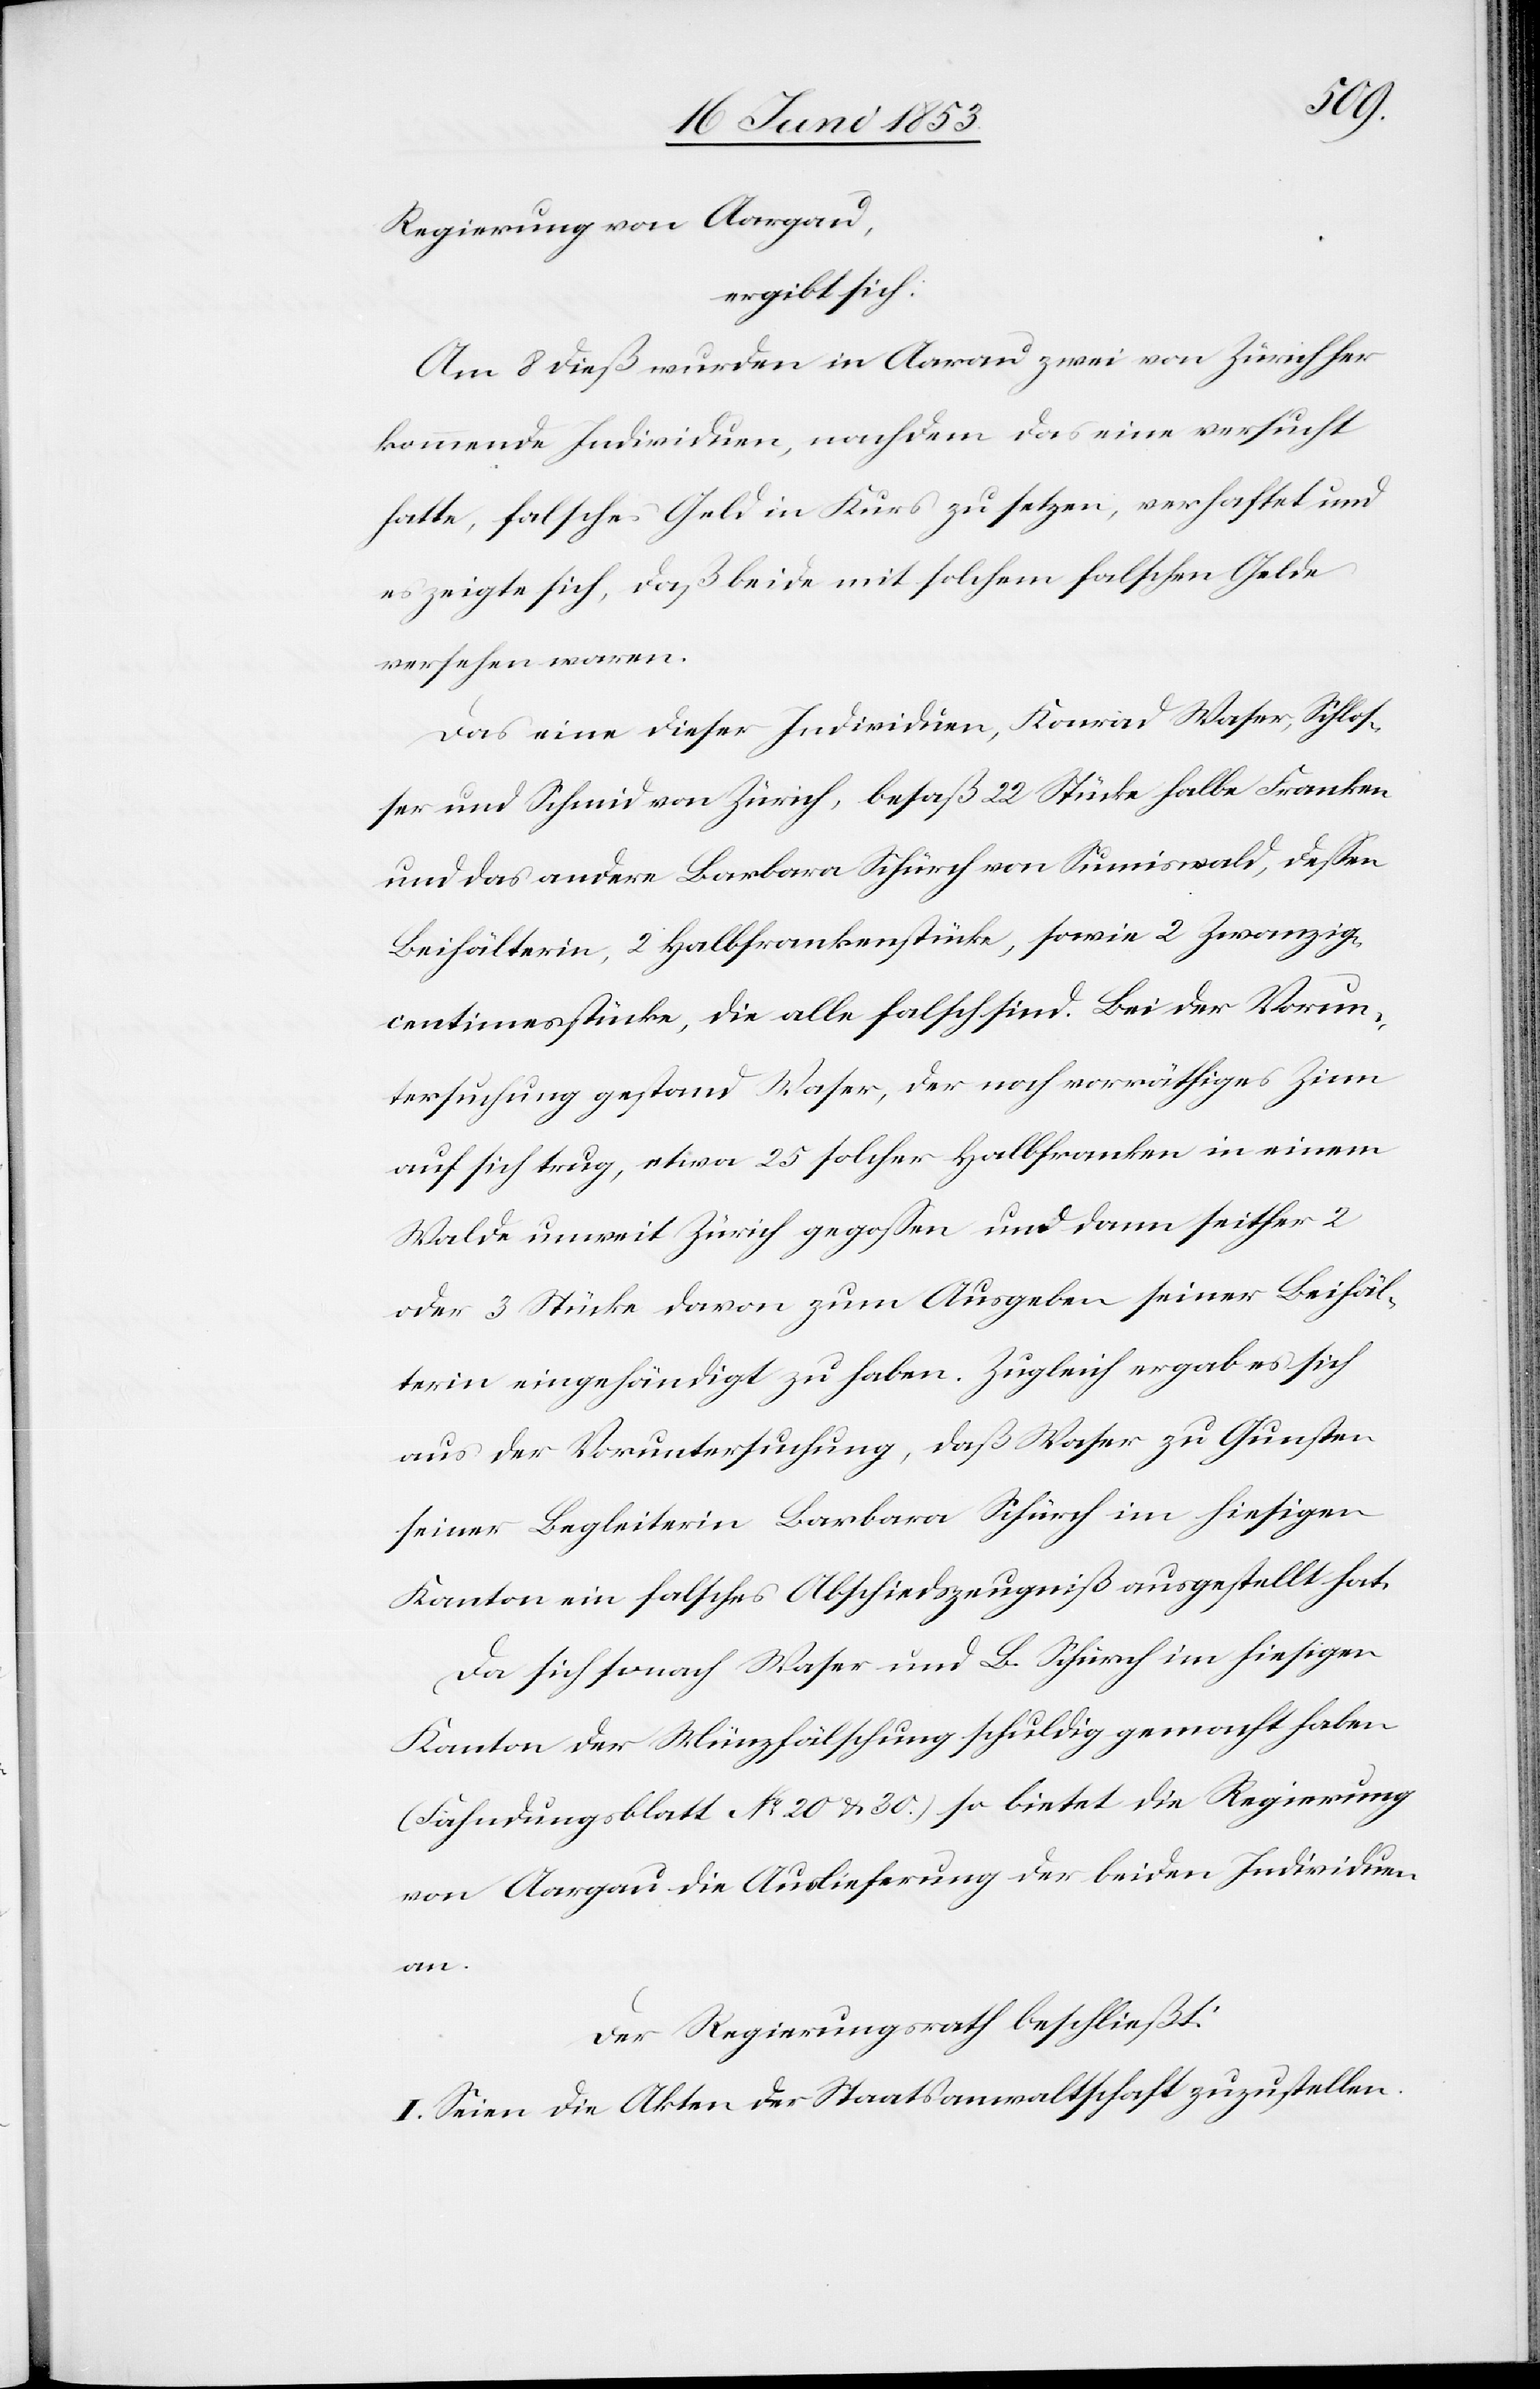
Regierung von Aargau,
ergibt sich:
Am 8 dieß wurden in Aarau zwei von Zürich her
kommende Individuen, nachdem das eine versucht
hatte, falsches Geld in Kurs zu setzen, verhaftet und
es zeigt sich, daß beide mit solchem falschen Gelde
versehen waren.
Das eine dieser Individuen, Konrad Waser, Schlo¬
ßer und Schmid von Zürich, besaß 22 Stücke halbe Franken
und das andere Barbara Schürch von Sumiswald, deßen
Beihälterin, 2 Halbfrankenstücke, sowie 2 Zwanzig¬
centimesstücke, die alle falsch sind. Bei der Vorun¬
tersuchung gestand Waser, der noch vorräthiges Zinn
auf sich trug, etwa 25 solcher Halbfranken in einem
Walde unweit Zürich gegoßen und dann seither 2
oder 3 Stücke davon zum Ausgeben seiner Beihäl¬
terin eingehändigt zu haben. Zugleich ergab sich
aus der Voruntersuchung, daß Waser zu Gunsten
seiner Begleiterin Barbara Schürch im hiesigen
Kanton ein falsches Abschiedszeugniß ausgestellt hat.
Da sich sonach Waser und B. Schürch im hiesigen
Kanton der Münzfälschung schuldig gemacht haben
(Fahndungsblatt N°. 20 u. 30) so bietet die Regierung
von Aargau die Auslieferung der beiden Individuen
an.
Der Regierungsrath beschließt.
I. Seien die Akten der Staatsanwaltschaft zuzustellen.